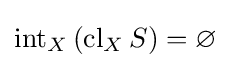
\operatorname {int} _{X}\left(\operatorname {cl} _{X}S\right)=\varnothing